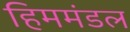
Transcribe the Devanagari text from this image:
हिममंडल